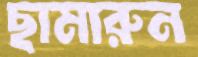
ছামারুন